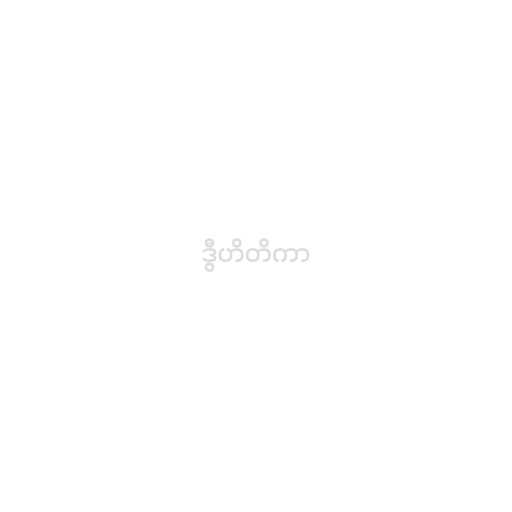
ဒွီဟိတိကာ